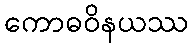
ကောဓဝိနယဿ